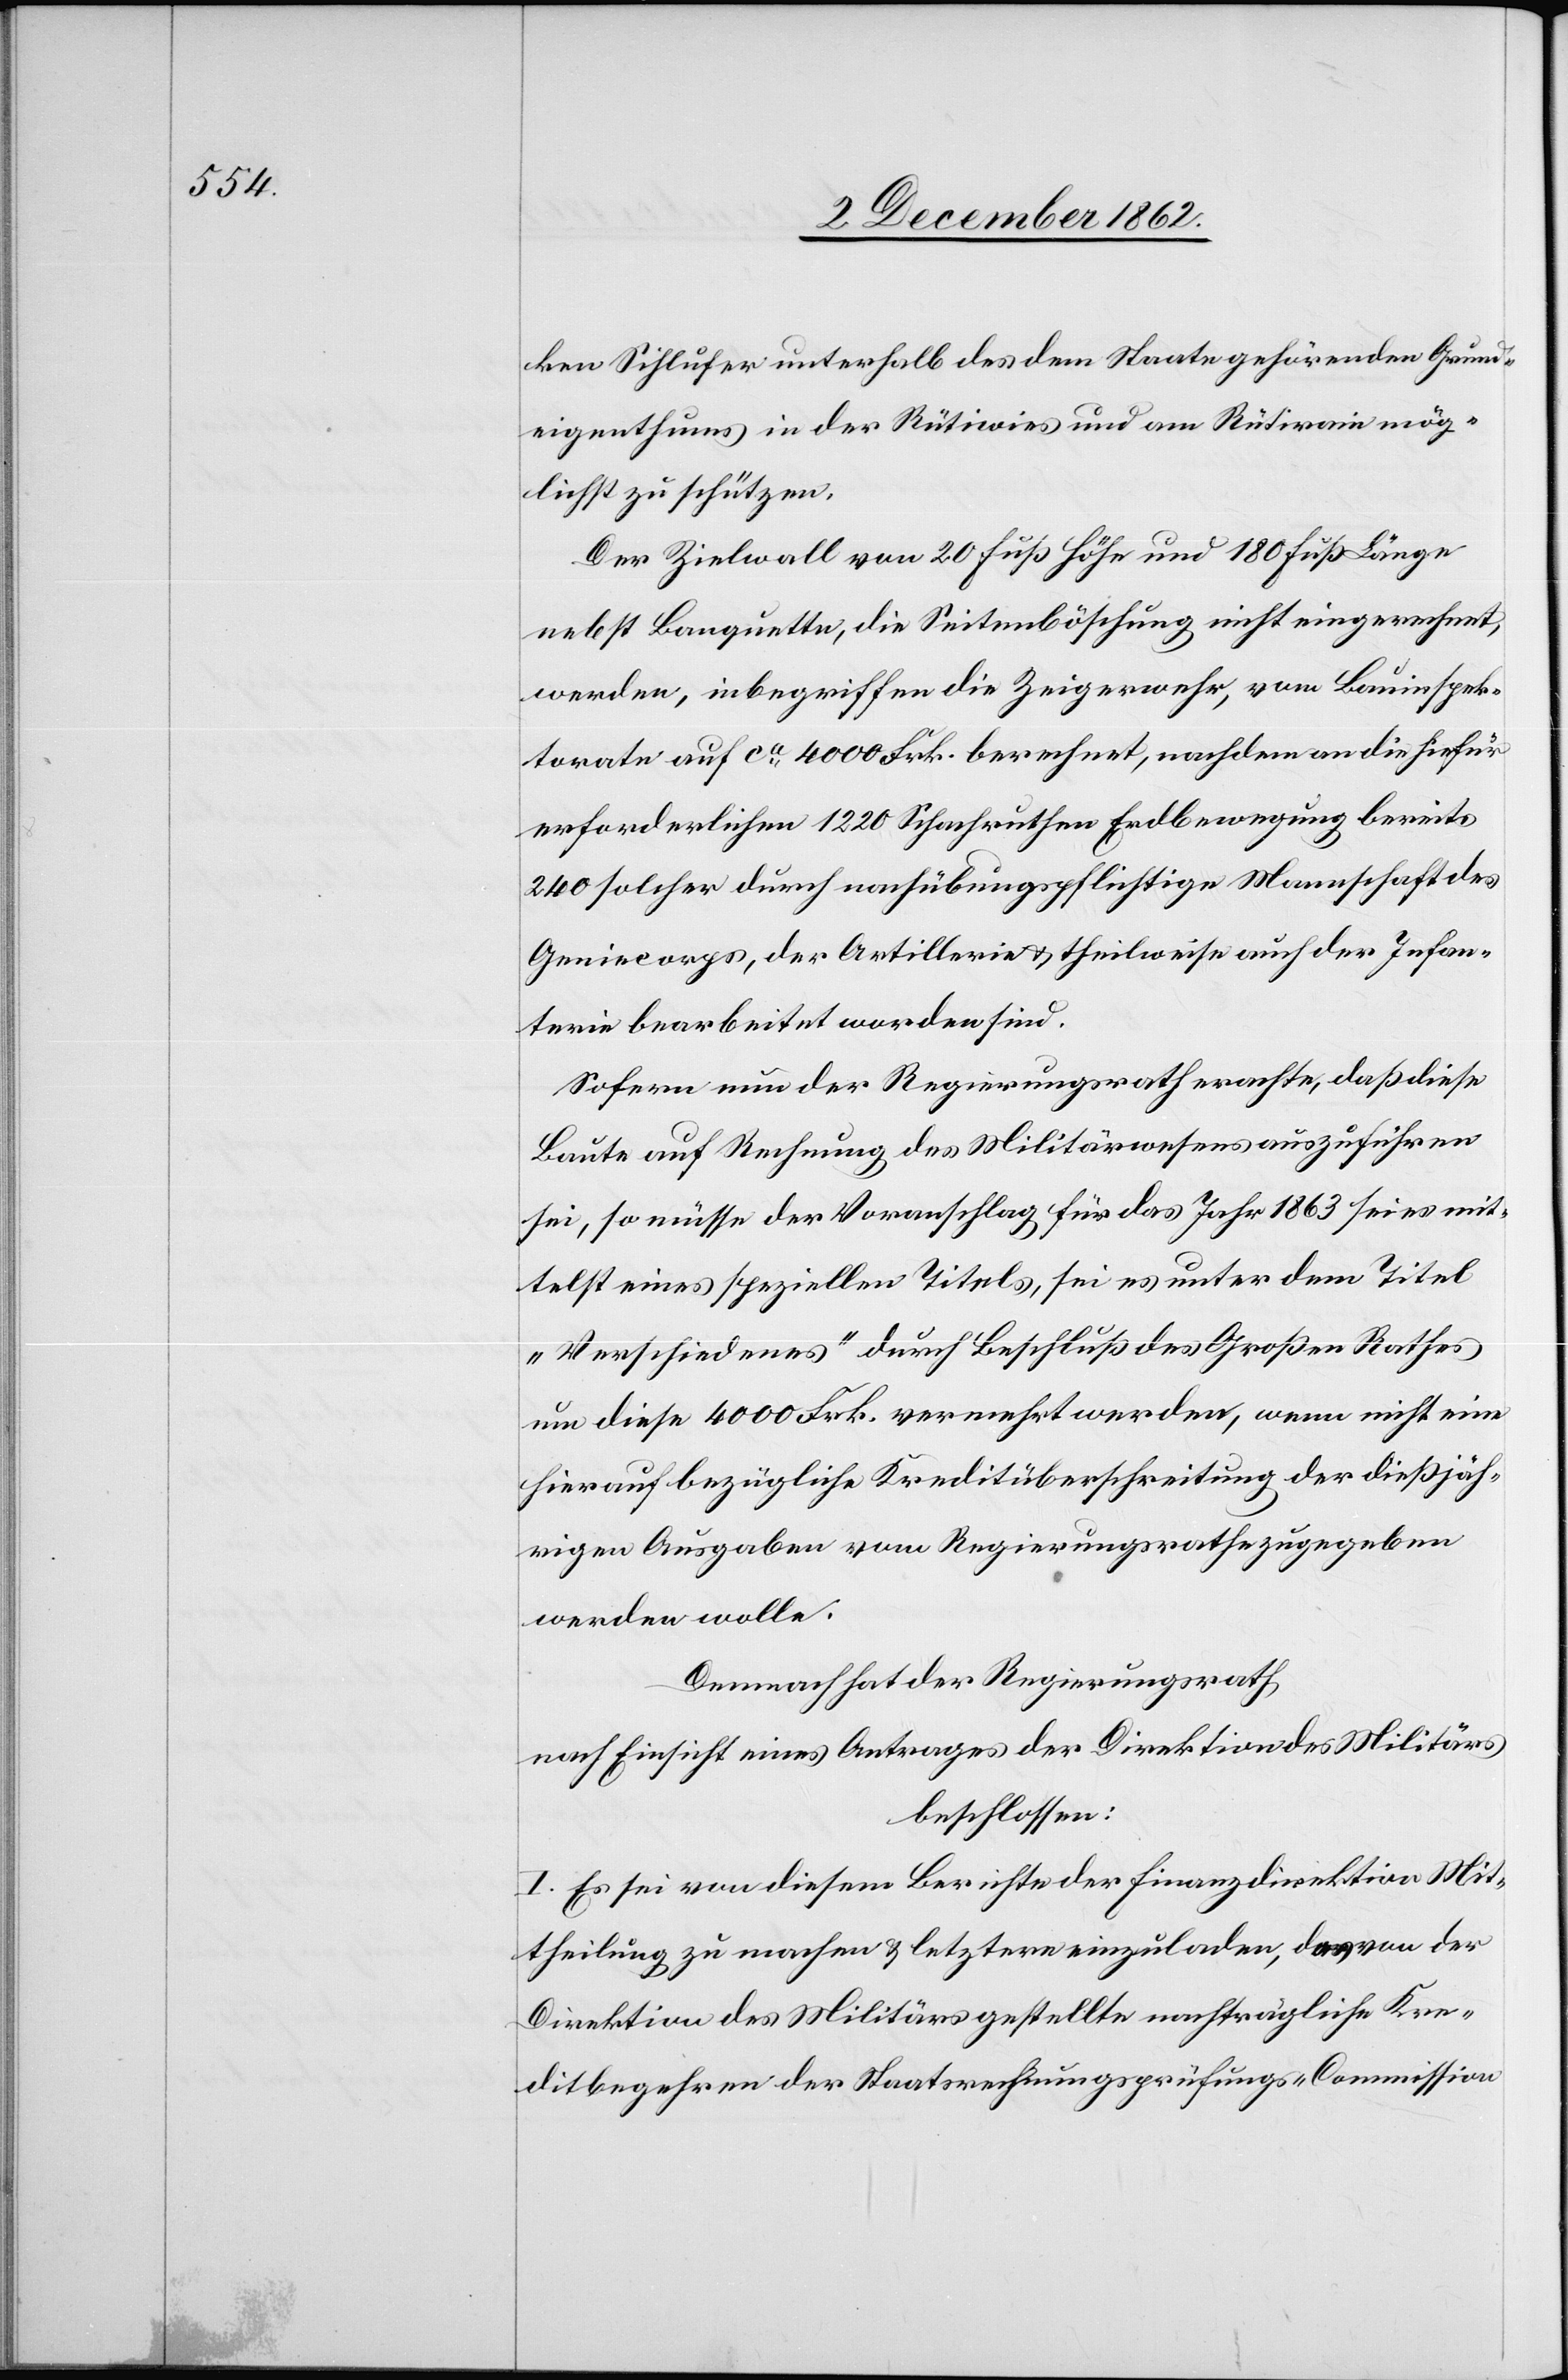
ken Sihlufer unterhalb des dem Staate gehörenden Grund¬
eigenthums in der Rütiwies und am Rütirain mög¬
lichst zu schützen.
Der Zielwall von 20 Fuß Höhe und 180 Fuß Länge
nebst Banquette, die Seitenböschung nicht eingerechnet,
werden, inbegriffen die Zeigerwehr, vom Bauinspek¬
torate auf ca 4000 Frk. berechnet, nachdem an die hiefür
erforderlichen 1220 Schachruthen Erdbewegung bereits
240 solcher durch nachübungspflichtige Mannschaft des
Geniecorps, der Artillerie u. theilweise auch der Infan¬
terie bearbeitet worden sind.
Sofern nun der Regierungsrath erachte, daß diese
Baute auf Rechnung des Militärwesens aufzuführen
sei, so müsse der Voranschlag für das Jahr 1863 sei es mit¬
telst eines speziellen Titels, sei es unter dem Titel
„Verschiedenes“ durch Beschluß des Großen Rathes
um diese 4000 Frk. vermehrt werden, wenn nicht eine
hierauf bezügliche Kreditüberschreitung der dießjäh¬
rigen Ausgaben vom Regierungsrathe zugegeben
werden wolle.
Demnach hat der Regierungsrath
nach Einsicht eines Antrages der Direktion des Militärs
beschlossen:
I. Es sei von diesem Berichte der Finanzdirektion Mit¬
theilung zu machen u. letztere einzuladen, das von der
Direktion des Militärs gestellte nachträgliche Kre¬
ditbegehren der Staatsrechnungsprüfungs-Commission